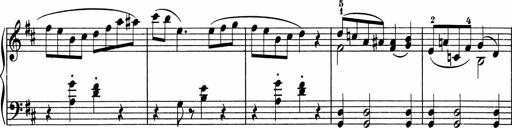
Title: 5 Sonatinen fÃ¼r die Jugend
Composer: Carl Reinecke